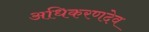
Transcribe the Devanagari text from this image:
अधिकरणदेव